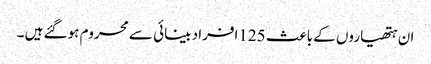
ان ہتھیاروں کے باعث 125افراد بینائی سے محروم ہوگئے ہیں ۔